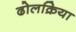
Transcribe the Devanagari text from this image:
ढोलक्रिया